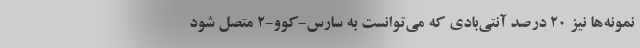
نمونه‌ها نیز ۲۰ درصد آنتی‌بادی که می‌توانست به سارس-کوو-۲ متصل شود